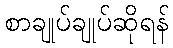
စာချုပ်ချုပ်ဆိုရန်